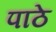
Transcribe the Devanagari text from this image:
पाठे